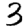
Digit: 3